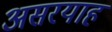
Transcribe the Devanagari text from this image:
असरयाह